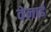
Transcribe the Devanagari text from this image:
वेनार्ड